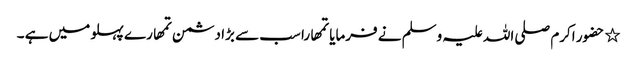
٭ حضور اکرم صلی اللہ علیہ وسلم نے فرمایا تمھارا سب سے بڑا دشمن تمھارے پہلو میں ہے ۔